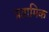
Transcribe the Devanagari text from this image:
प्रतामिक